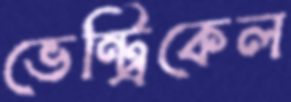
ভেন্ট্রিকেল